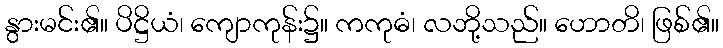
နွားမင်း၏။ ပိဋ္ဌိယံ၊ ကျောကုန်း၌။ ကကုဓံ၊ လဘို့သည်။ ဟောတိ၊ ဖြစ်၏။